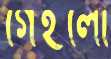
গেইলো